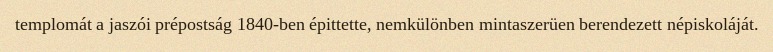
templomát a jaszói prépostság 1840-ben épittette, nemkülönben mintaszerüen berendezett népiskoláját.